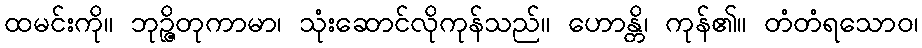
ထမင်းကို။ ဘုဉ္ဇိတုကာမာ၊ သုံးဆောင်လိုကုန်သည်။ ဟောန္တိ၊ ကုန်၏။ တံတံရသောဝ၊